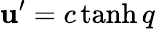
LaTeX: \mathbf{u}^{\prime}=c\operatorname{tanh}q